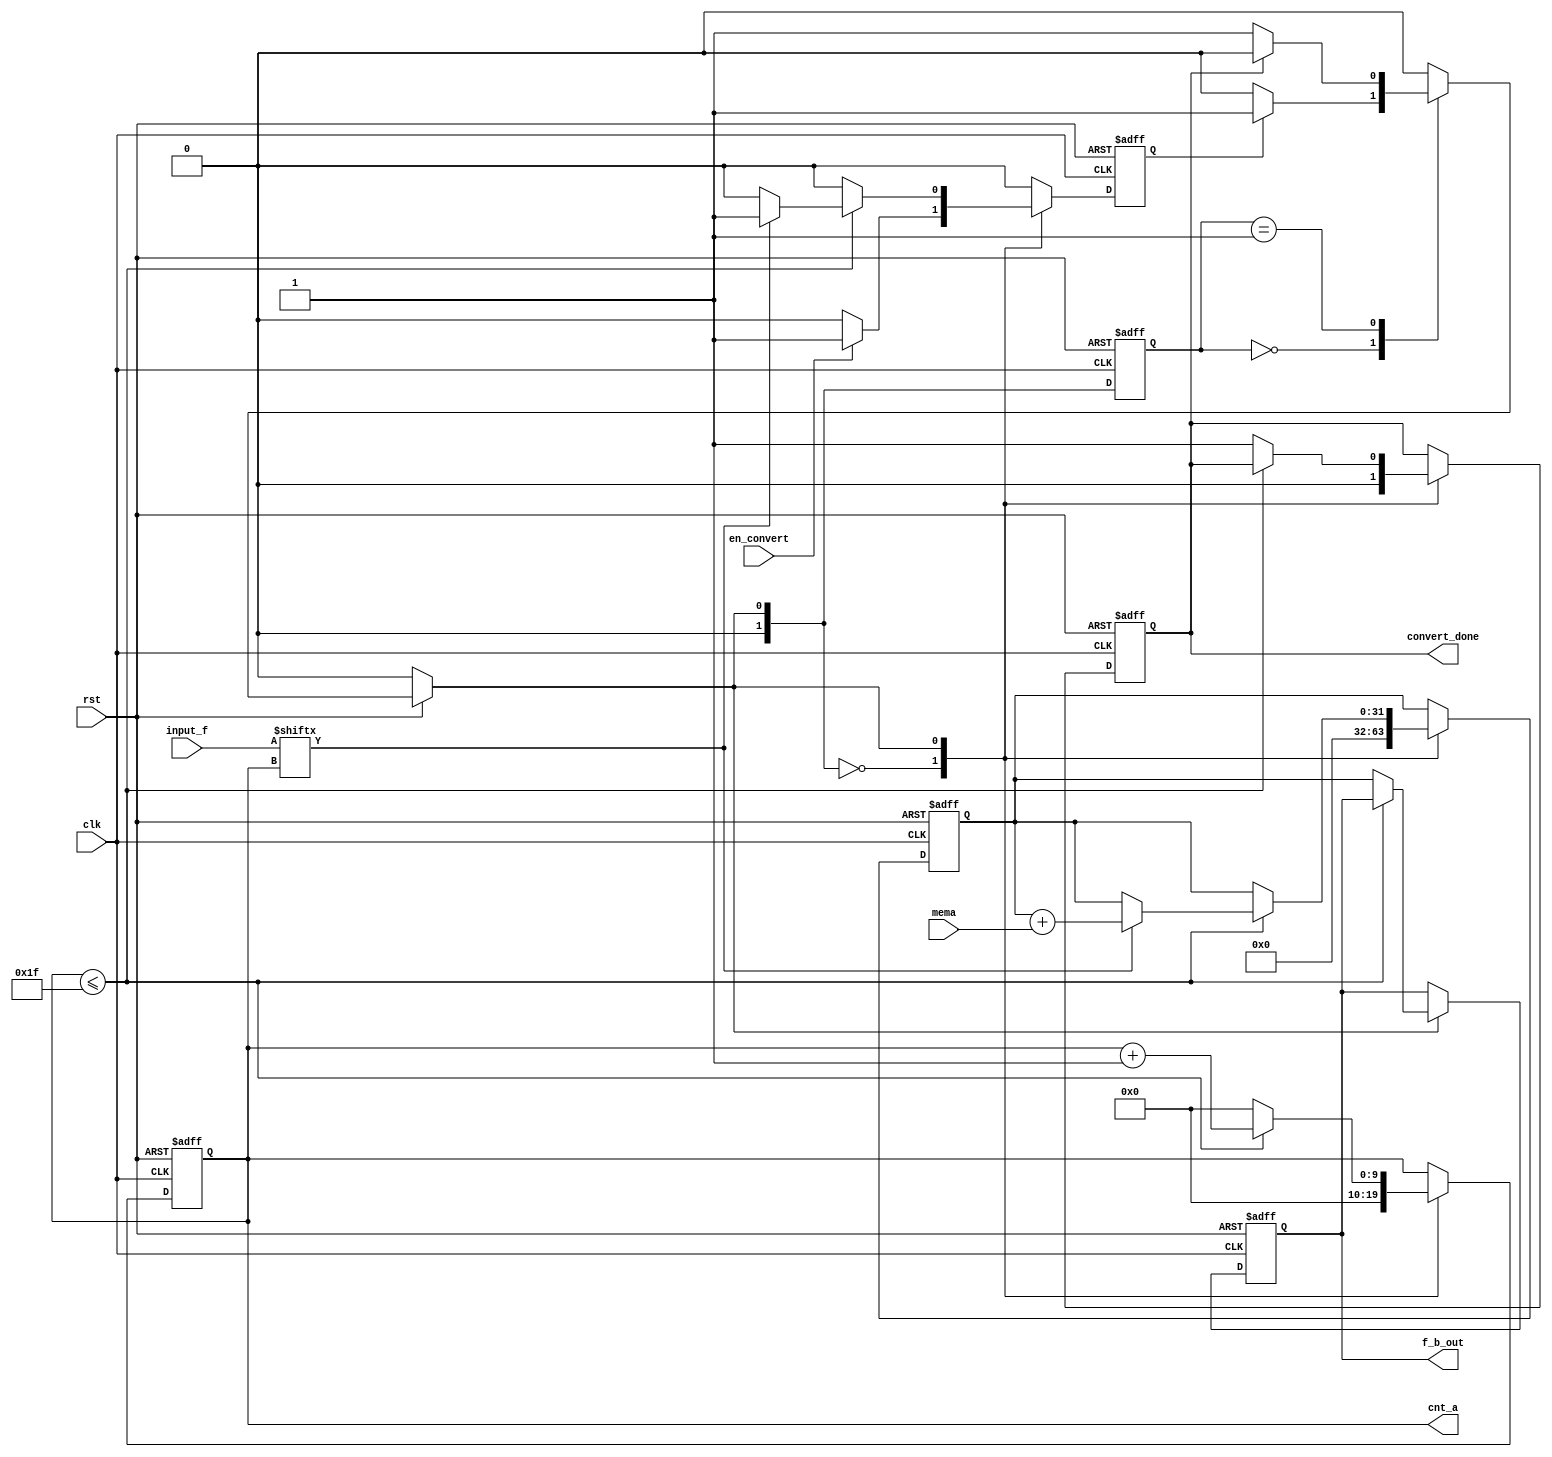
module fibonacci_binary(clk,rst,input_f,en_convert,convert_done,f_b_out,mema,cnt_a);
   input clk;
	input rst;
	input en_convert;
	input [31:0] input_f;
	input [15:0] mema;
	output reg convert_done;
	output reg [9:0]cnt_a; 
	output reg [31:0] f_b_out;
	
	reg [31:0] f_b;
	reg done;
	reg [1:0] current_state;
	reg [1:0] next_state;
	parameter IDLE=2'b00;
	parameter BEGIN_SUM=2'b01;
	
	
	
	always @(posedge clk or negedge rst) begin
	         if(!rst)
				  current_state<=IDLE;
				else
				  current_state<=next_state;
		  end 
	
	always @(*) begin 
	         if(!rst)
				   next_state = IDLE;
				else begin
				   case(current_state)
					   IDLE: begin
						         if(done==1)
									   next_state = BEGIN_SUM;
									else
									   next_state = IDLE;
								end 
						BEGIN_SUM: begin
						          if(convert_done==1)
									    next_state = IDLE;
									 else
									    next_state = BEGIN_SUM;
								 end 
						
						 default : next_state = IDLE;			
						endcase
				end 
		  end 
   always @(posedge clk or negedge rst) begin 
	         if(!rst)
				  begin
				    f_b_out<=0;
				    convert_done<=0;
					 done<=0;
					 cnt_a<=0;
					 f_b<=0;
				  end
				else
			      begin 
					  done<=0;
				     case(next_state)
					     IDLE: begin
						           convert_done<=0;
									  f_b<=0;
									  cnt_a<=0;
						           if(en_convert==1)
									    done<=1;
									  else 
									    done<=0;
								  end 
						  BEGIN_SUM: begin
						            if(cnt_a<=31)    //fibolacci32
										   begin 
											  if(input_f[cnt_a]==1)
											    begin 
											      done<=1;
													f_b<=f_b+mema;
													cnt_a<=cnt_a+1;
												 end 
											  else
											     cnt_a<=cnt_a+1;
											end 
										else
										   begin 
										     cnt_a<=0;
									    	  convert_done<=1;
											  f_b_out<= f_b;
											end 
									end
							endcase 
		  end 
		 end
endmodule